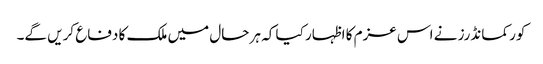
کور کمانڈرز نے اس عزم کا اظہار کیا کہ ہر حال میں ملک کا دفاع کریں گے۔